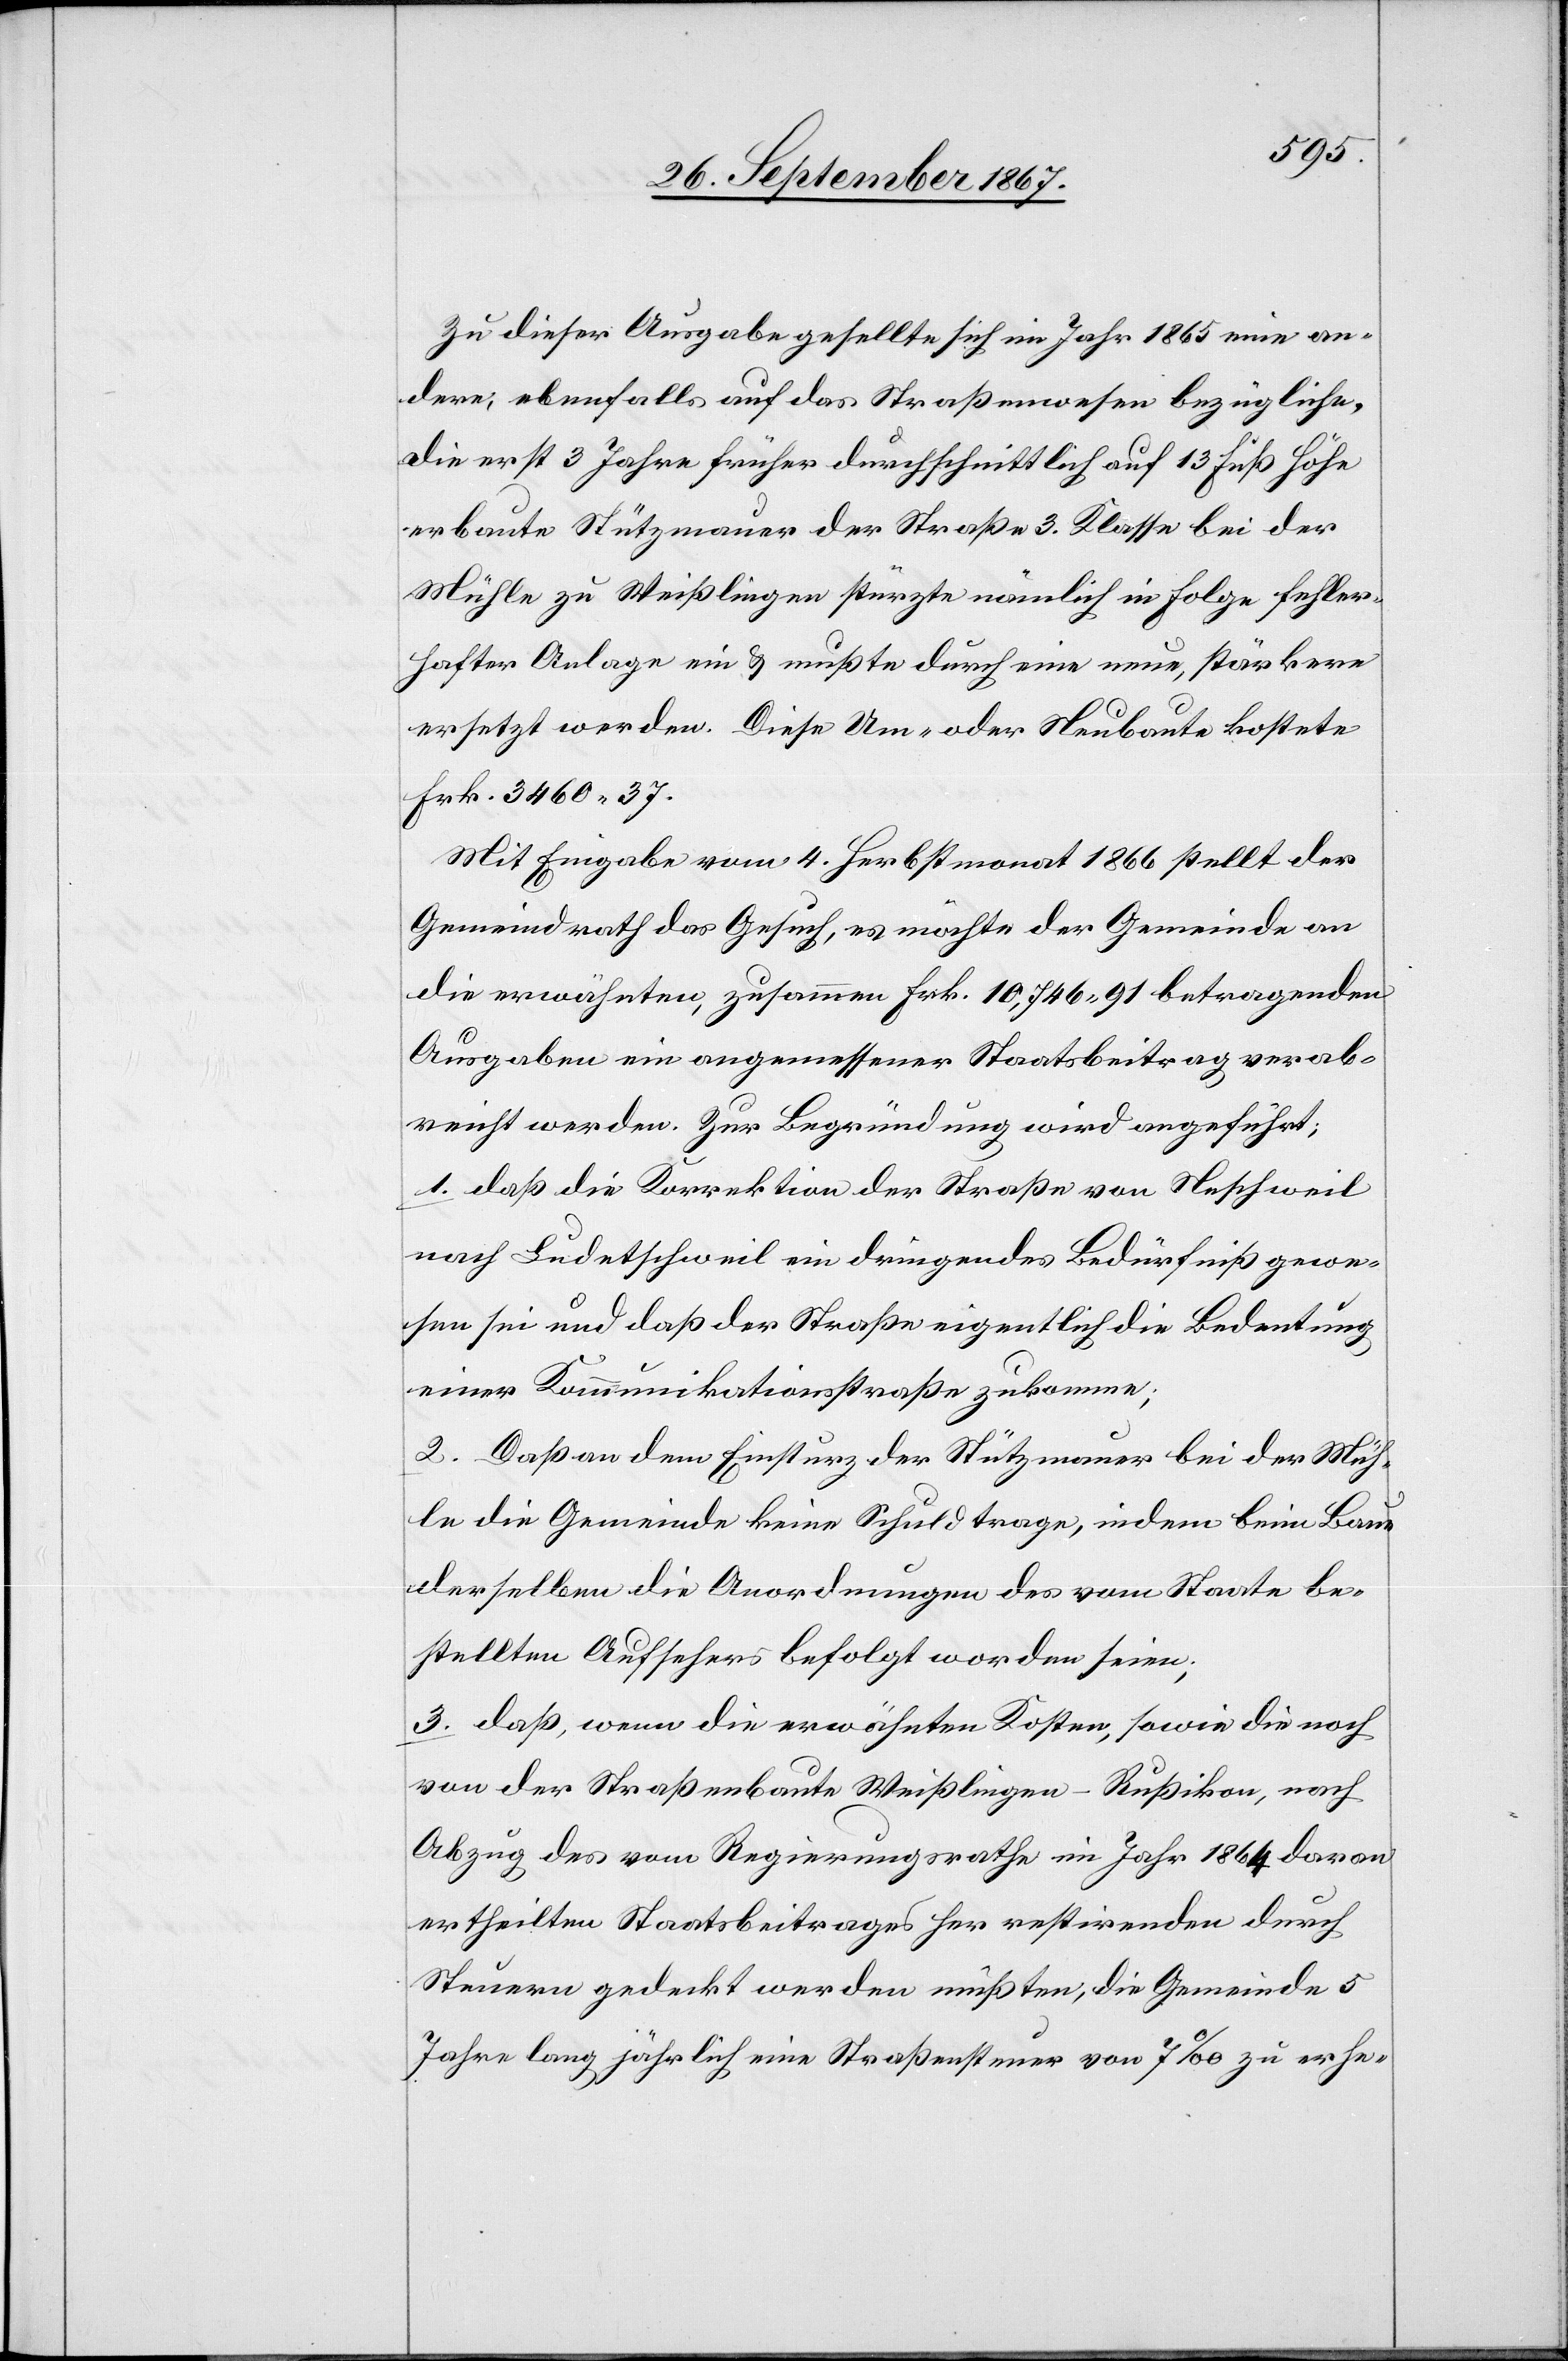
Zu dieser Ausgabe gesellte sich im Jahr 1865 eine an¬
dere, ebenfalls auf das Straßenwesen bezügliche,
die erst 3 Jahre früher durchschnittlich auf 13 Fuß Höhe
erbaute Stützmauer der Straße 3. Klasse bei der
Mühle zu Weißlingen stürzte nämlich in Folge fehler¬
hafter Anlage ein u. mußte durch eine neue, stärkere
ersetzt werden. Diese Um- oder Neubaute kostete
Frk. 3460.37.
Mit Eingabe vom 4. Herbstmonat 1866 stellt der
Gemeindrath das Gesuch, es möchte der Gemeinde an
die erwähnte, zusammen Frk. 10 746.91 betragenden
Ausgaben ein angemessener Staatsbeitrag verab¬
reicht werden. Zur Begründung wird angeführt:
1. Daß die Korrektion der Straße von Neschweil
nach Ludetschweil ein dringendes Bedürfniß gewe¬
sen sei und daß der Straße eigentlich die Bedeutung
einer Kommunikationsstraße zukomme;
2. Daß an dem Einsturz der Stützmauer bei der Müh¬
le die Gemeinde keine Schuld trage, indem beim Baue
derselben die Anordnungen des vom Staate be¬
stellten Aufsehers befolgt worden seien;
3. daß, wenn die erwähnten Kosten, sowie die noch
von der Straßenbaute Weißlingen–Rußikon, nach
Abzug des vom Regierungsrathe im Jahr 1864 daran
ertheilten Staatsbeitrages her restirenden durch
Steuern gedeckt werden müßten, die Gemeinde 5
Jahre lang jährlich eine Straßensteuer von 7‰ zu erhe-